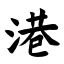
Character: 港